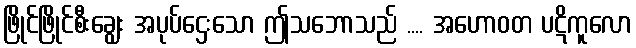
ဖြိုင်ဖြိုင်စီးချွေး အပုပ်ဌေးသော ဤသဘောသည် .... အဟောဝတ ပဋိကူလော